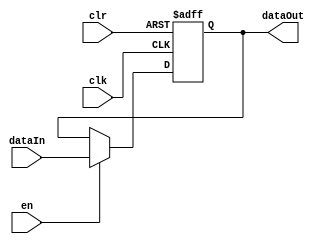
// A simple outport that recieves data as input to be used externally
module outPort(
	output reg [31:0] dataOut,
	input wire[31:0] dataIn,
	input wire clr, clk, en
);

initial begin
	dataOut <= 0;
end

always @(posedge clk, posedge clr) begin
	if(clr == 1)
		dataOut <= 0;
	else if(en == 1)
		dataOut <= dataIn;
end

endmodule